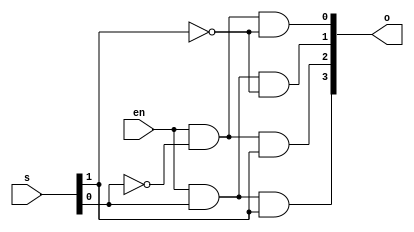
`timescale 1ns / 1ps

module decoder_2to4(
    input en,
    input [1:0] s,
    output [3:0] o
    );
assign o[0]=en&~s[0]&~s[1];
assign o[1]=en&s[0]&~s[1];
assign o[2]=en&~s[0]&s[1];
assign o[3]=en&s[0]&s[1];
endmodule